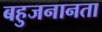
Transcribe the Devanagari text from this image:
बहुजनानता